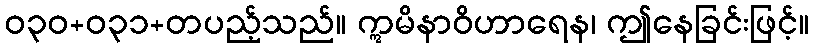
ဝ၃၀+၀၃၁+တပည့်သည်။ ဣမိနာဝိဟာရေန၊ ဤနေခြင်းဖြင့်။